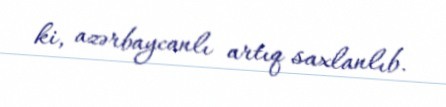
ki, azərbaycanlı artıq saxlanlıb.